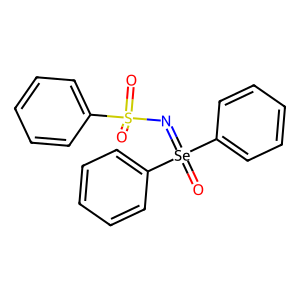
SMILES: O=S(=O)(N=[Se](=O)(c1ccccc1)c1ccccc1)c1ccccc1
Inhibits HIV replication: No